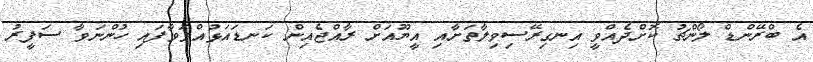
އެ ބްރޭންޑް ލޯންޗު ކޮށްދެއްވީ އިނގިރޭސިވިލާތަށާއި އީޔޫއަށް ރާއްޖެއިން ކަނޑައަޅުއްވަވާފައި ހުންނަވާ ސަފީރު